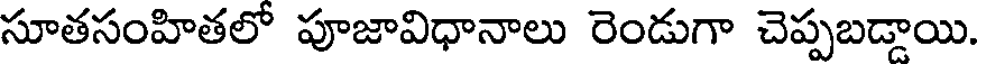
సూతసంహితలో పూజావిధానాలు రెండుగా చెప్పబడ్డాయి.